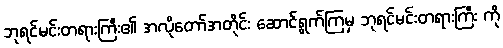
ဘုရင်မင်းတရားကြီး၏ အလိုတော်အတိုင်း ဆောင်ရွက်ကြမှ ဘုရင်မင်းတရားကြီး ကို